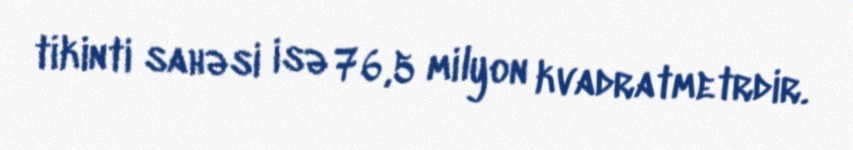
tikinti sahəsi isə 76,5 milyon kvadratmetrdir.